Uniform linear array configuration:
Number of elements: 16
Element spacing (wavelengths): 0.25
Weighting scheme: kaiser
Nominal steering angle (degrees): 0
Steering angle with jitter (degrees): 0.9864
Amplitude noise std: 0.05
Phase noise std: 0.05

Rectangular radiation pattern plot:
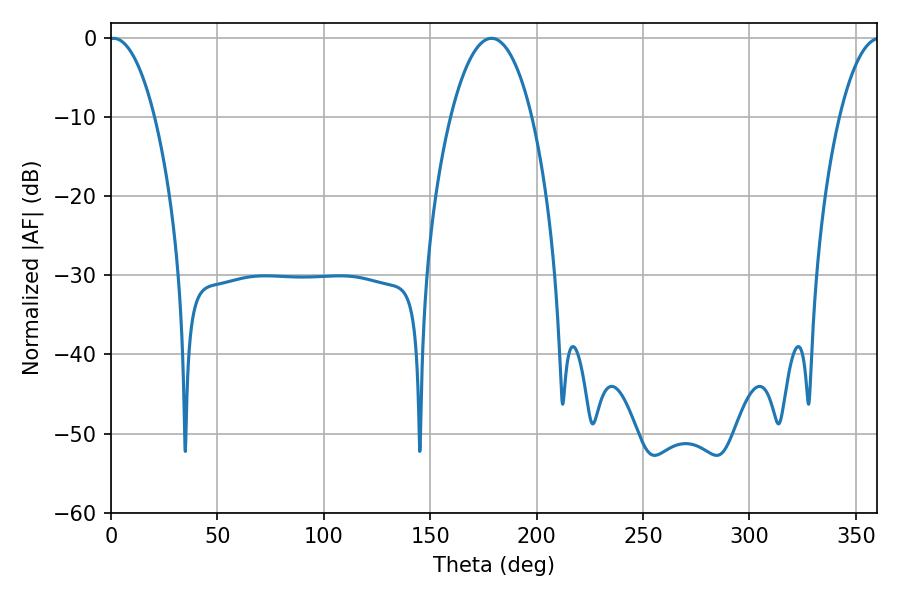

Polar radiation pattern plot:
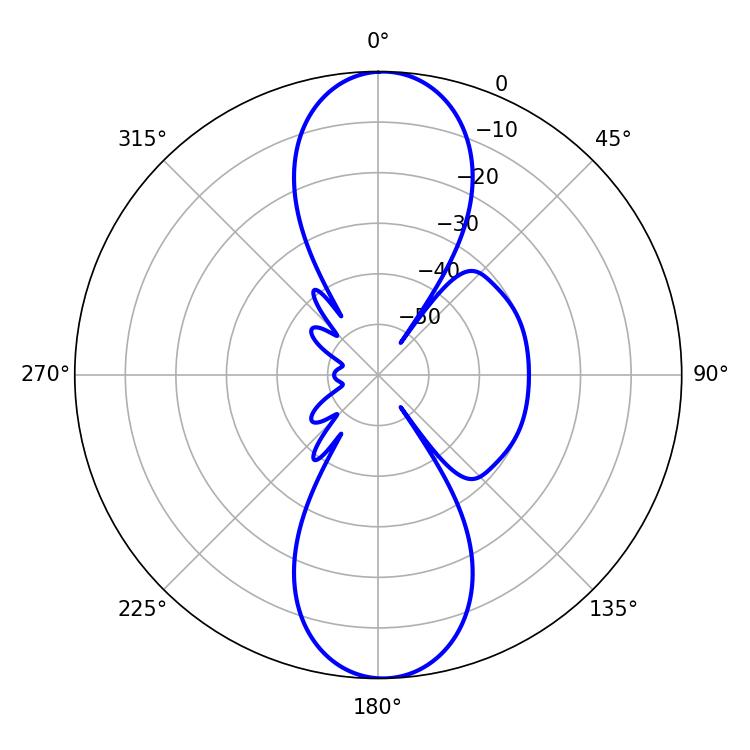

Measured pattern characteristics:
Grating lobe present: FALSE
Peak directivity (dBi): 20.215
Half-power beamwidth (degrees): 11.88
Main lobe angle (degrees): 1.26